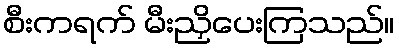
စီးကရက် မီးညှိပေးကြသည်။